Annual vaccination report of Bihar and Orissa - 1911-1928
Year: 1911
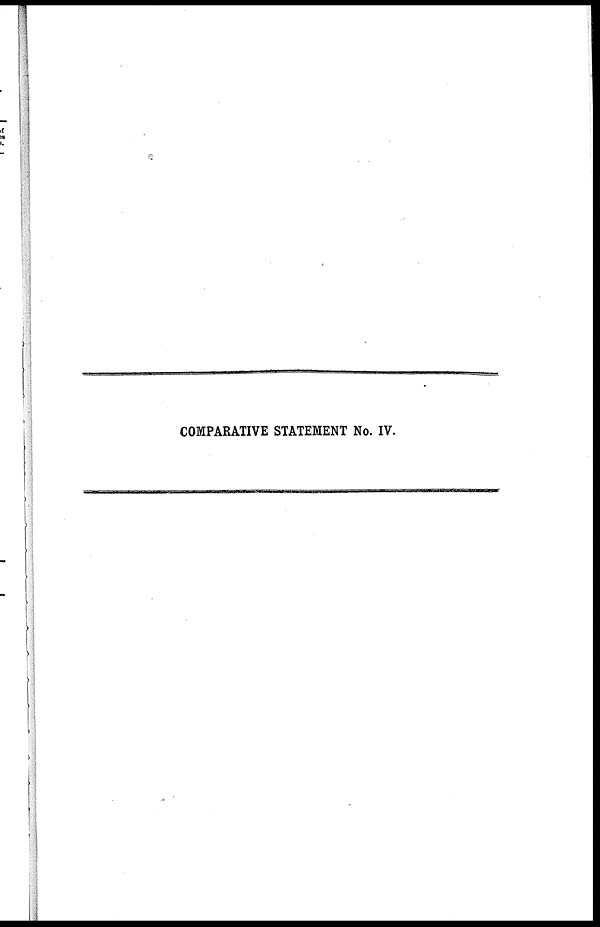
COMPARATIVE STATEMENT No. IV.